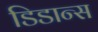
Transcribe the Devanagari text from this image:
डिडान्स